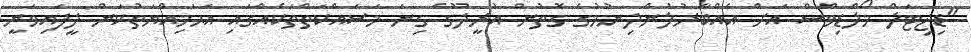
"ޑިޖިޓަލް މޯލްޑިވްސް އަށް އެއްބާރުލުންދިނުމުގެ ގޮތުން އުރީދޫގެ ގިނަ މަސައްކަތްތަކެއްގައި އަޙަމިއްޔަތުކަން ދީފައިވަނީ